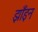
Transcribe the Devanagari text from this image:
झाँइन